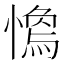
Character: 𢡓